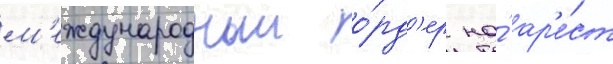
м'еждународныи о́рд'ер на́ ар'е́ст